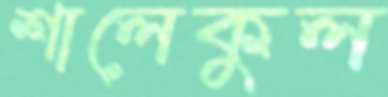
শালেকুল